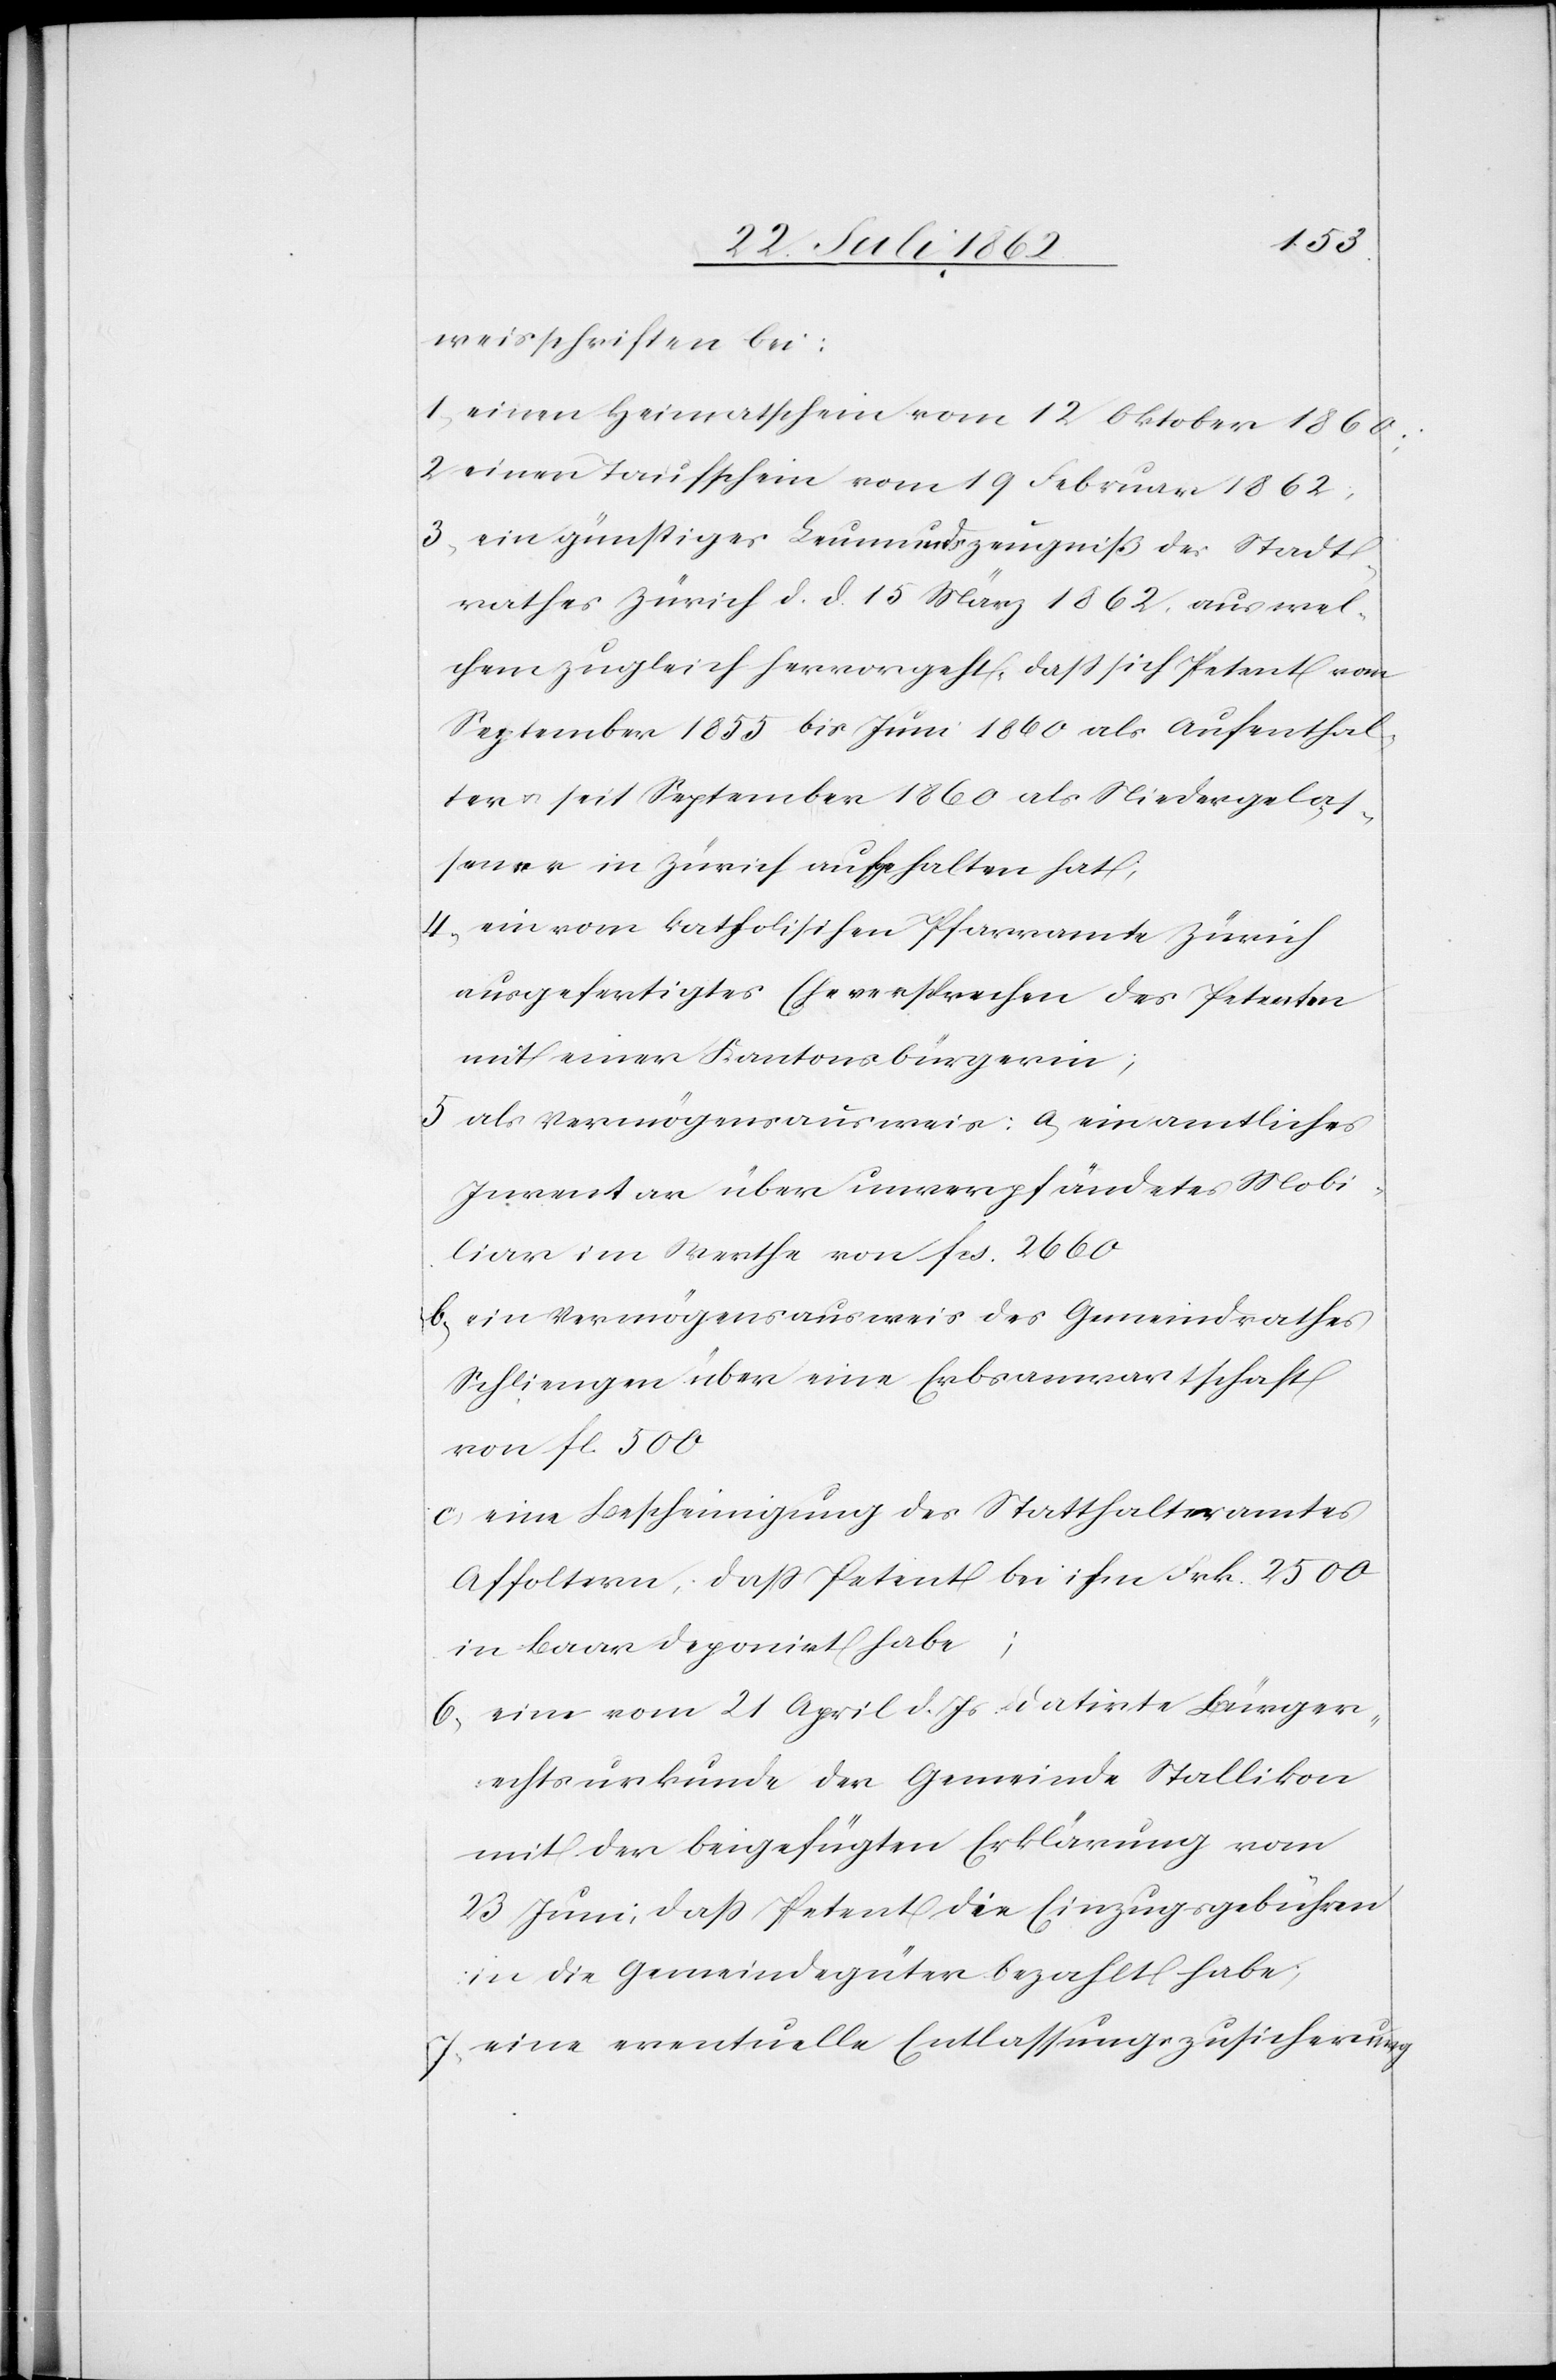
weisschriften bei:
1) einen Heimatschein vom 12. Oktober 1860;
2) einen Taufschein vom 19. Februar 1862;
3) ein günstiges Leumundszeugniß des Stadt¬
rathes Zürich d. d. 15. März 1862, aus wel¬
chem zugleich hervorgeht, daß sich Petent von
September 1855 bis Juni 1860 als Aufenthal¬
ter u. seit September 1860 als Niedergelas¬
sener in Zürich aufgehalten hat;
4) ein vom katholischen Pfarramte Zürich
ausgefertigtes Eheversprechen des Petenten
mit einer Kantonsbürgerin;
5) als Vermögensausweis: a) ein amtliches
Inventar über unverpfändetes Mobi¬
liar im Werthe von fcs. 2660
b) ein Vermögensausweis des Gemeindrathes
Schliengen über eine Erbsanwartschaft
von Fl. 500.
c) eine Bescheinigung des Statthalteramtes
Affoltern, daß Petent bei ihm Frk. 2500
in Baar deponirt habe;
6) eine vom 21. April d. Js. datirte Bürger¬
rechtsurkunde der Gemeinde Stallikon
mit der beigefügten Erklärung vom
23. Juni, daß Petent die Einzugsgebühren
in die Gemeindegüter bezahlt habe;
7) eine eventuelle Entlassungszusicherung